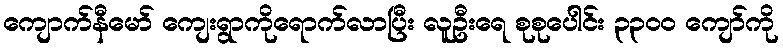
ကျောက်နီမော် ကျေးရွာကိုရောက်လာပြီး လူဦးရေ စုစုပေါင်း ၃၃၀၀ ကျော်ကို